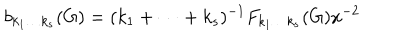
b _ { k _ { 1 } \ldots k _ { s } } ( G ) = ( k _ { 1 } + \cdots + k _ { s } ) ^ { - 1 } F _ { k _ { 1 } \ldots k _ { s } } ( G ) x ^ { - 2 }